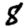
Digit: 8